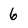
Character: 6